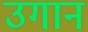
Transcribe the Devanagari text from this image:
उगान